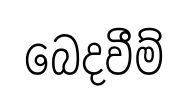
බෙදවීම්